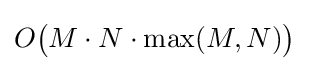
O{\big (}M\cdot N\cdot \max(M,N){\big )}